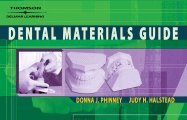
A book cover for Delmar Learning's Dental Materials Guide (09) by Phinney, Donna J - Halstead, Judy H [Spiral-bound (2008)]; Phiney; Medical Books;